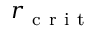
r _ { \mathrm { ~ c ~ r ~ i ~ t ~ } }